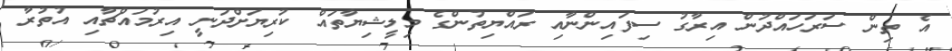
އެ ތިން ސަރަހައްދުން އިރާގު ސިފައިންނާއި ރައްޔިތުންގެ މިލީޝިޔާތައް ކުރިޔަށްދަނީ އިރުމައްޗާއި އުތުރާ